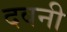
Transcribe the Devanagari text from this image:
दवनी